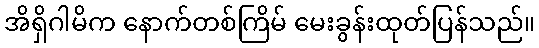
အိရှိဂါမိက နောက်တစ်ကြိမ် မေးခွန်းထုတ်ပြန်သည်။